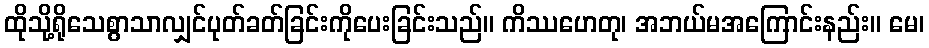
ထိုသို့ရိုသေစွာသာလျှင်ပုတ်ခတ်ခြင်းကိုပေးခြင်းသည်။ ကိဿဟေတု၊ အဘယ်မအကြောင်းနည်း။ မေ၊